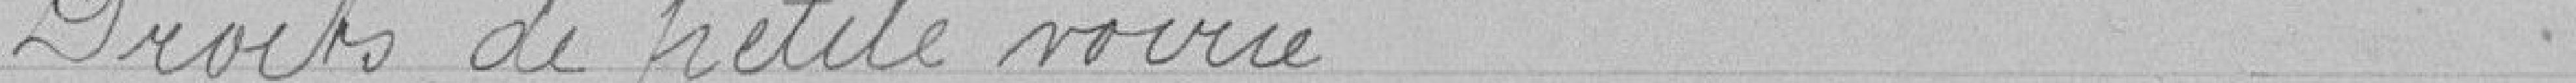
Droits de petite voirie